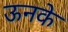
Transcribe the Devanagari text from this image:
ऊनके